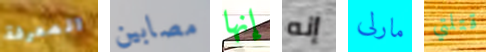
المعرفة مصابين إنها إنه مارلى قتلتي